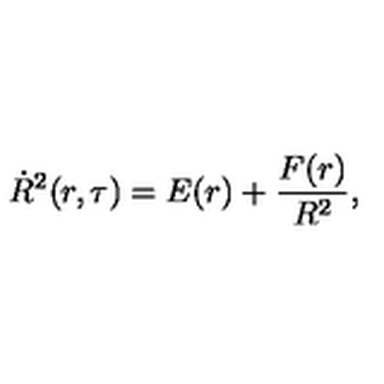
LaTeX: \dot { R } ^ { 2 } ( r , \tau ) = E ( r ) + \frac { F ( r ) } { R ^ { 2 } } ,